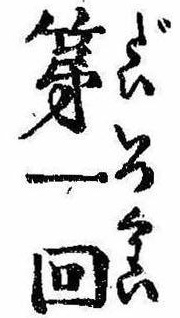
第一回